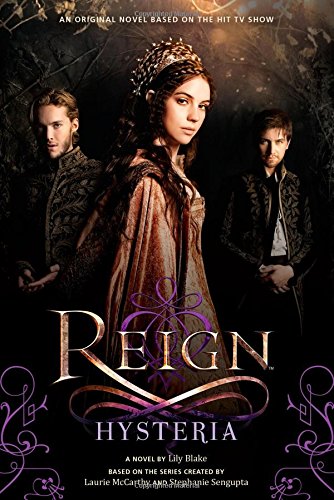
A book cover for Reign: Hysteria; Lily Blake; Teen & Young Adult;